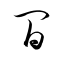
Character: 閒